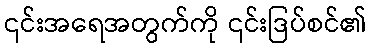
၎င်းအရေအတွက်ကို ၎င်းဒြပ်စင်၏